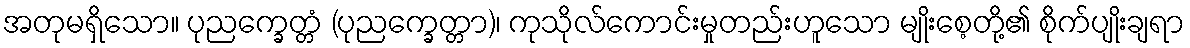
အတုမရှိသော။ ပုညက္ခေတ္တံ (ပုညက္ခေတ္တာ)၊ ကုသိုလ်ကောင်းမှုတည်းဟူသော မျိုးစေ့တို့၏ စိုက်ပျိုးချရာ